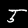
Digit: 5